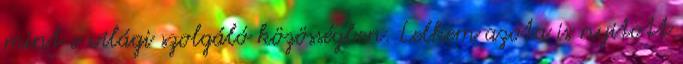
mint e világi szolgáló közösségben. Lelkem azóta is nyitott